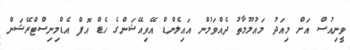
ވީނިއުސް އަށް މިއަދު މައުލޫމާތު ދެއްވަމުން އައިލެންޑް އޭވިއޭޝަންގެ ހެޑް އޮފް އެޑްމިނިސްޓްރޭޝަން